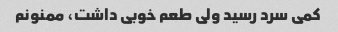
کمی سرد رسید ولی طعم خوبی داشت، ممنونم